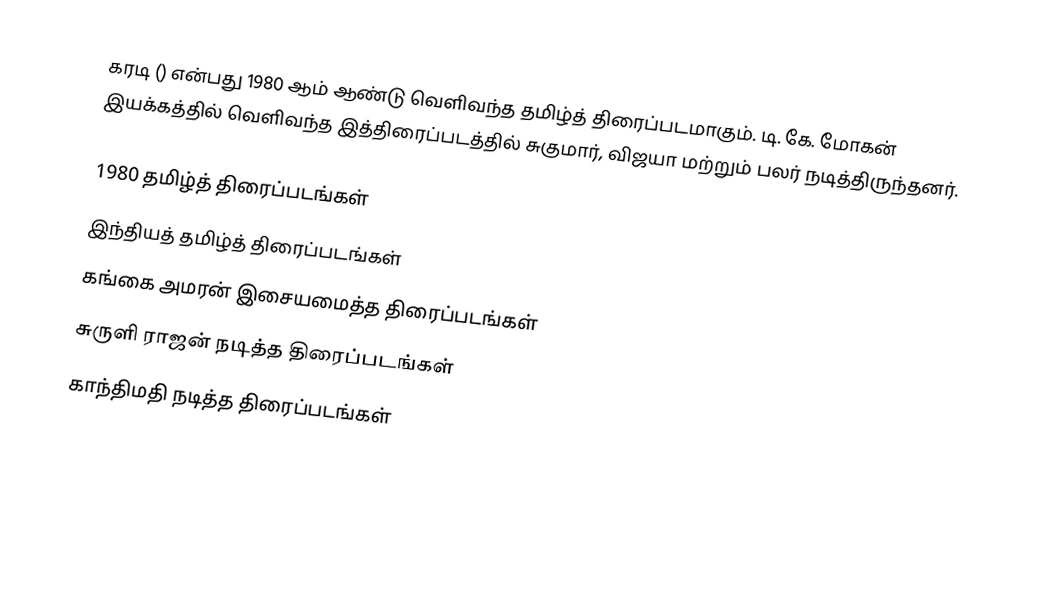
கரடி () என்பது 1980 ஆம் ஆண்டு வெளிவந்த தமிழ்த் திரைப்படமாகும். டி. கே. மோகன் இயக்கத்தில் வெளிவந்த இத்திரைப்படத்தில் சுகுமார், விஜயா மற்றும் பலர் நடித்திருந்தனர்.

1980 தமிழ்த் திரைப்படங்கள்
இந்தியத் தமிழ்த் திரைப்படங்கள்
கங்கை அமரன் இசையமைத்த திரைப்படங்கள்
சுருளி ராஜன் நடித்த திரைப்படங்கள்
காந்திமதி நடித்த திரைப்படங்கள்